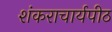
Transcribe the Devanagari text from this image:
शंकराचार्यपीठ